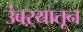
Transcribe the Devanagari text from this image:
उंबऱ्यातून